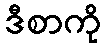
ဒီစာကို